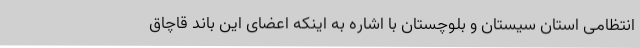
انتظامی استان سیستان و بلوچستان با اشاره به اینکه اعضای این باند قاچاق